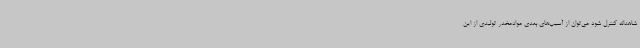
شاهدانه کنترل شود می‌توان از آسیب‌های بعدی موادمخدر تولیدی از این